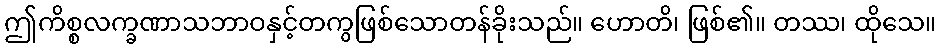
ဤကိစ္စလက္ခဏာသဘာဝနှင့်တကွဖြစ်သောတန်ခိုးသည်။ ဟောတိ၊ ဖြစ်၏။ တဿ၊ ထိုသေ။